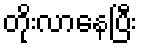
တိုးလာနေပြီး